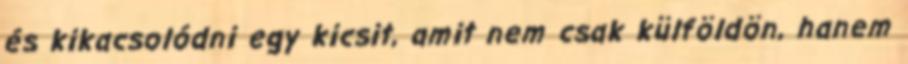
és kikacsolódni egy kicsit, amit nem csak külföldön, hanem